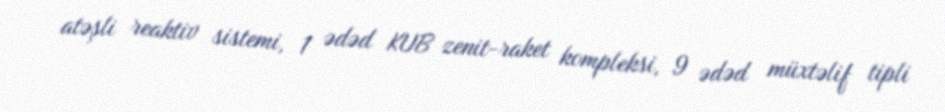
atəşli reaktiv sistemi, 1 ədəd KUB zenit-raket kompleksi, 9 ədəd müxtəlif tipli